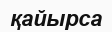
қайырса